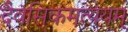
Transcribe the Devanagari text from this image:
दैवसिकमत्ययम्‌